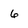
Character: 6